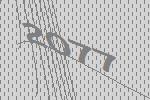
2077